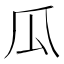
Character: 瓜